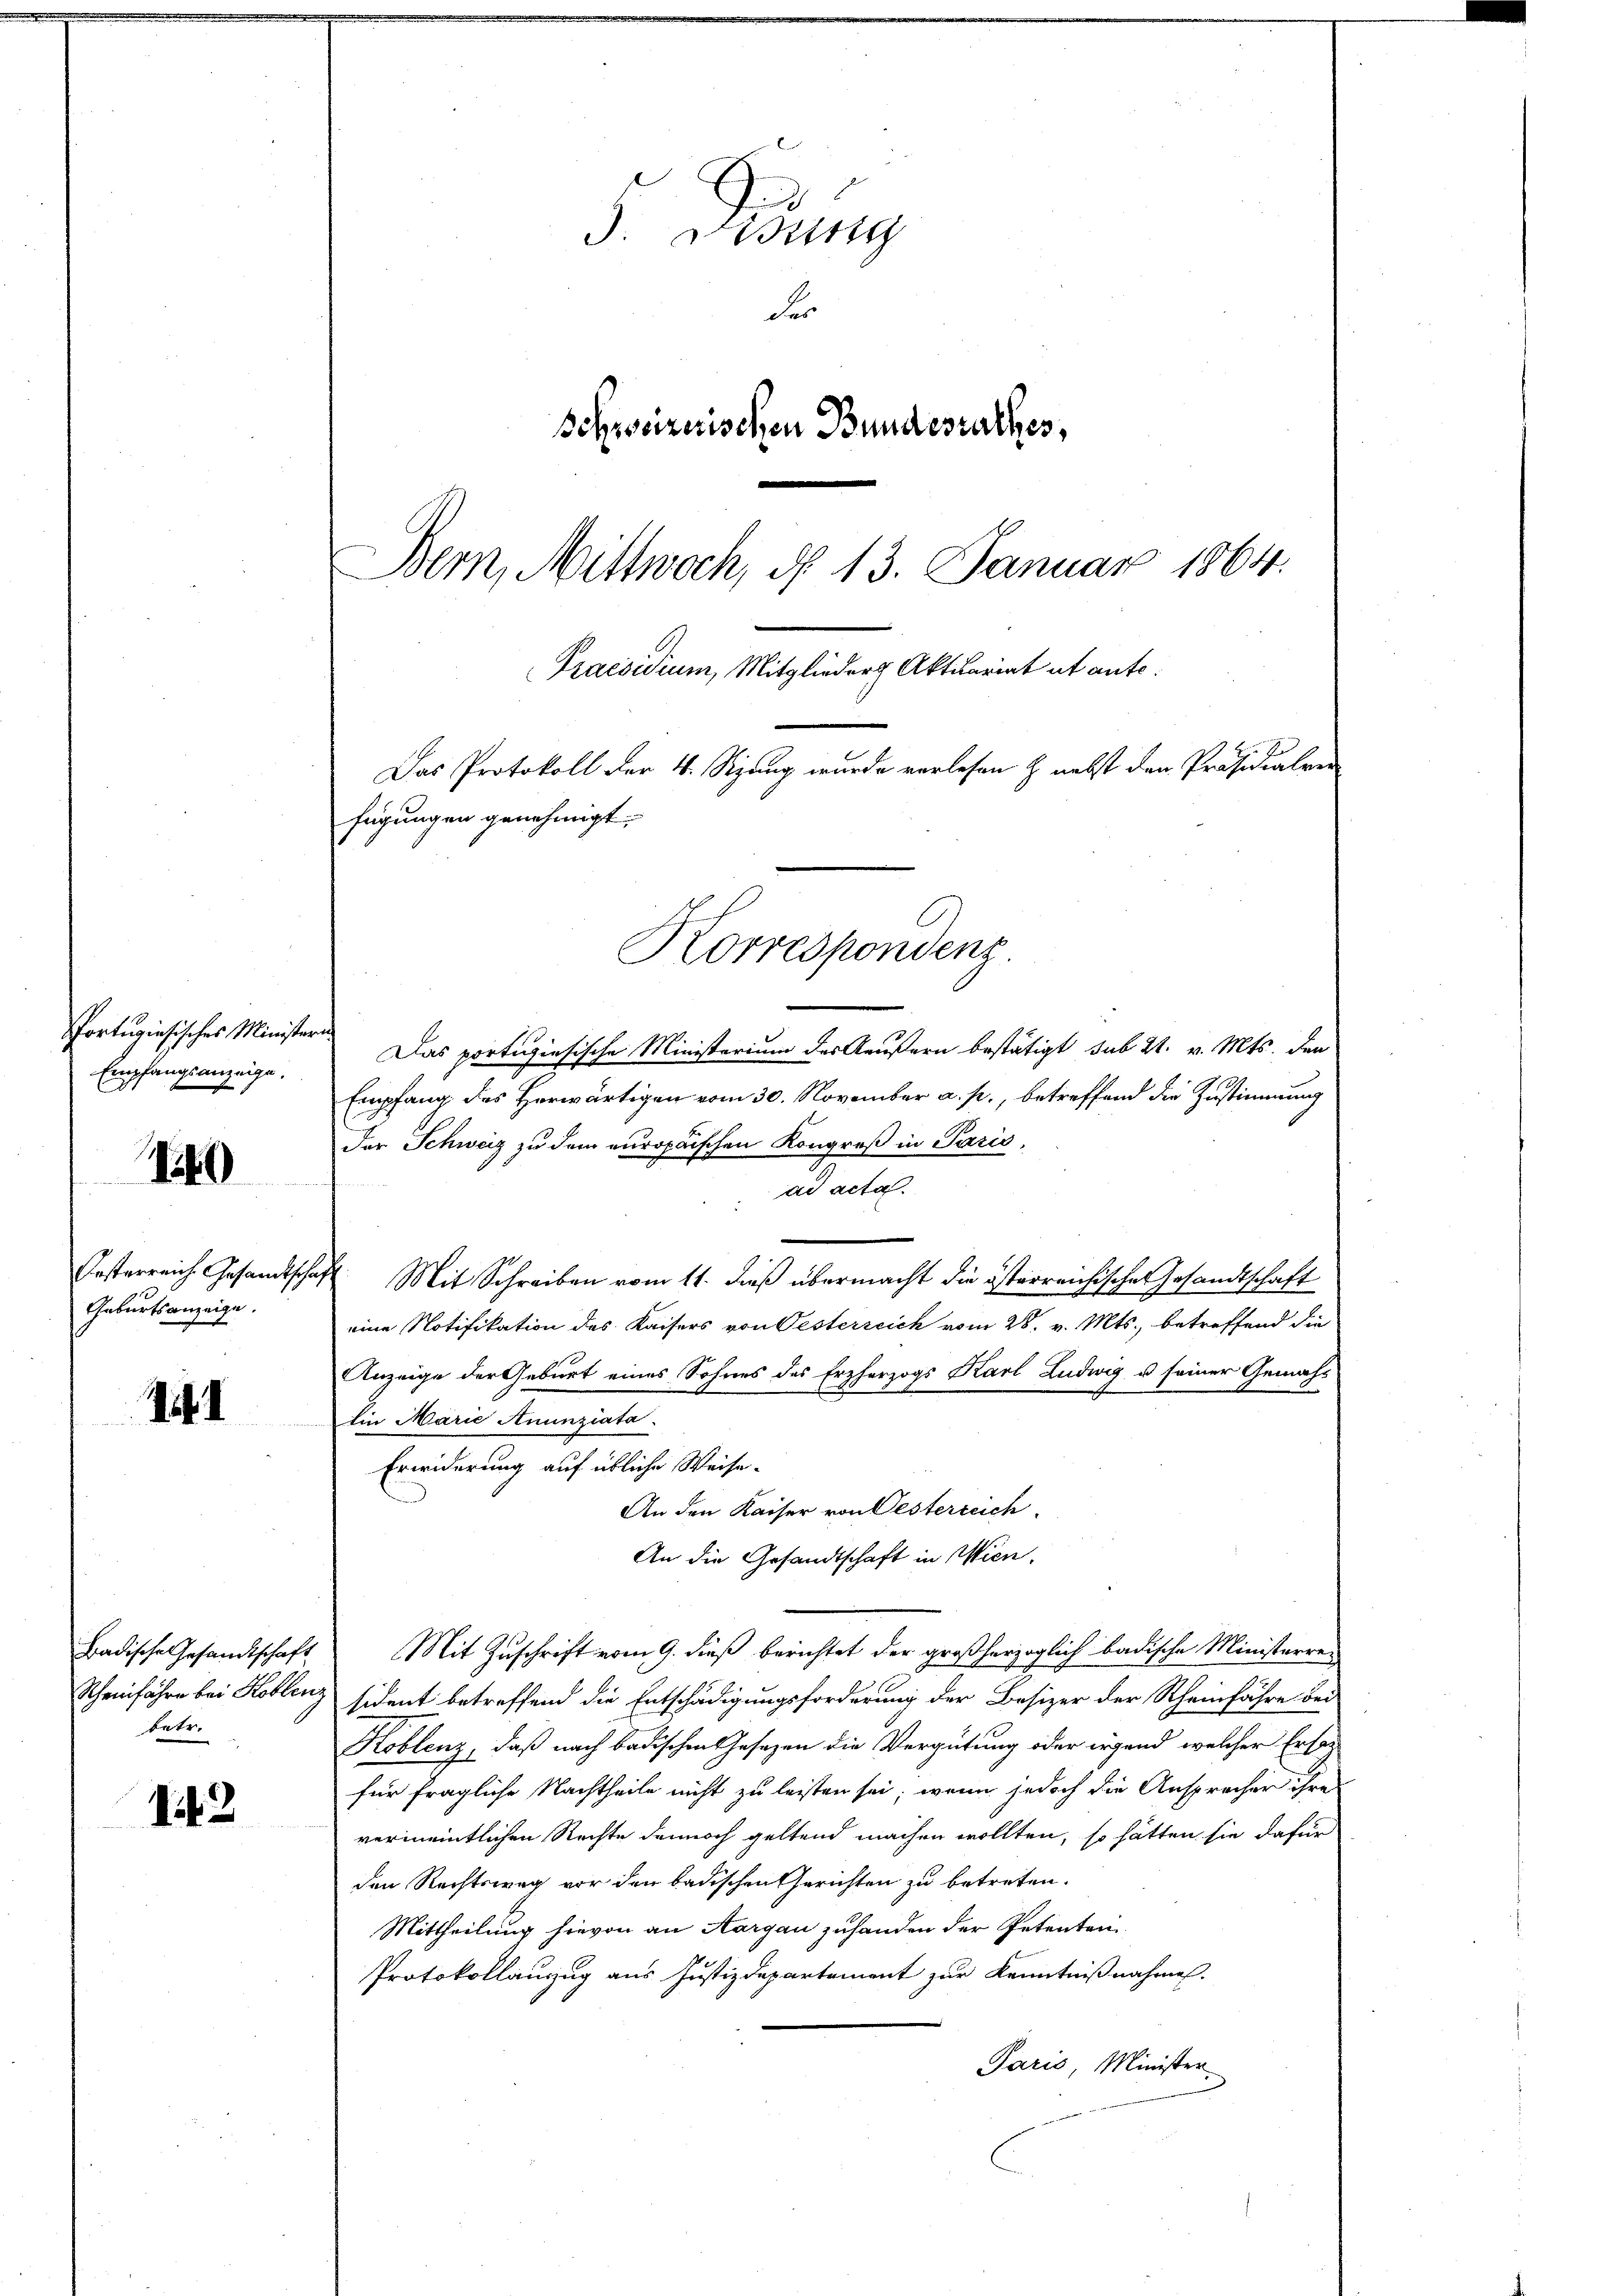
Portugiesisches Ministeren
Empfangsanzeige.

1540

Oesterreich Gesandtsch
Geburtsanzeige.

141

Scheinfahre bei Koblenz
betr.

142

Das Protokoll der 4. Sizung wurde verlesen & nebst den Präsidialver
fügungen genehmigt.

J. Desing
d
Schweizerischen Bundesrathes,
Bern, Mittwoch, d. 13. Januar 1864.
Praesidium, Mitglieder Aktuariat ut ante.

Das portugiesische Ministerium des Aeußern bestätigt sub 21. v. Mts. den
Empfang des Herwärtigen vom 30. November a. p., betreffend die Zustimmung
Der Schweiz zu dem europäischen Kongreß in Paris,
ad acta.
ast. Mit Schreiben vom 11. dieß übermacht die österreichischen Gesandtschaft
eine Notifikation des Kaisers von Oesterreich vom 28. v. Mts., betreffend die
Anzeige der Geburt eines Sohnes des Erzherzogs Karl Ludwig u seiner Gemähs
Ein Marie Anunziata.
Erwiderung auf übliche Weise.
An den Kaiser von Oesterreich
An die Gesandtschaft in Wien.
Badische Gesandtschaft Mit Zuschrift vom 9. dieß berichtet der großherzoglich badische Ministerren
sident betreffend die Entschädigungsforderung der Besizer der Rheinfahre bei
Koblenz, daß nach badischen Gesezen die Vergütung oder irgend welcher Erforfür fragliche Nachtheile nicht zu leisten sei; wenn jedoch die Ansprecher ihres
vermeintlichen Rechte dennoch geltend machen wollten, so hätten sie dafür
den Rechtsweg vor den badischen Gerichten zu betreten.
Mittheilung hievon an Aargau zuhanden der Petenten
Protokollanzug aus Justizdepartement zur Kenntnißnahmen.
Paris, Minister

Korrespondenz.